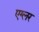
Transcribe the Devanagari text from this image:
एग्लर